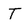
Character: T